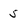
Character: 5